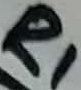
Text: R1